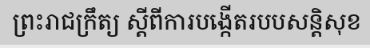
ព្រះរាជក្រឹត្យ ស្តីពីការបង្កើតរបបសន្តិសុខ